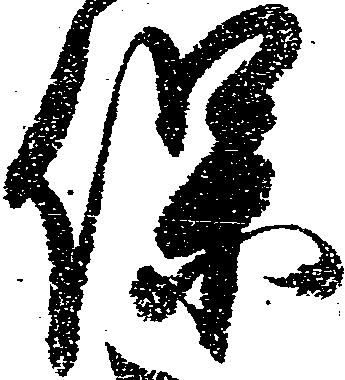
保